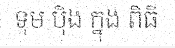
ទុម ប៉ិង ក្នុង ពិធី